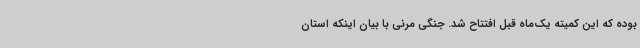
بوده که این کمیته یک‌ماه قبل افتتاح شد. جنگی مرنی با بیان اینکه استان